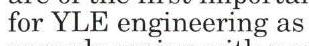
 for YLE engineering as